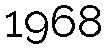
1968